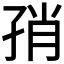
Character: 𰌨